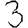
Digit: 3